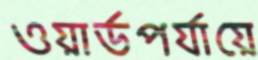
ওয়ার্ডপর্যায়ে